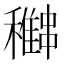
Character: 𥣽